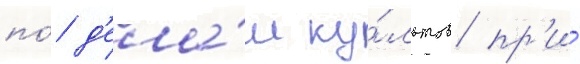
по́ д'ела́м ку́льтов пр'и́